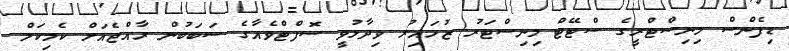
ޑިފެންސް މިނިސްޓްރީގެ ސްޓޭޓް މިނިސްޓަރު ޒުހައިރު ވިދާޅުވީ ސޮފްޓްވެއާގެ ސަބަބުން ރާއްޖެއަށް ކެމިކަލް